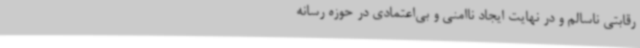
رقابتی ناسالم و در نهایت ایجاد ناامنی و بی‌اعتمادی در حوزه رسانه